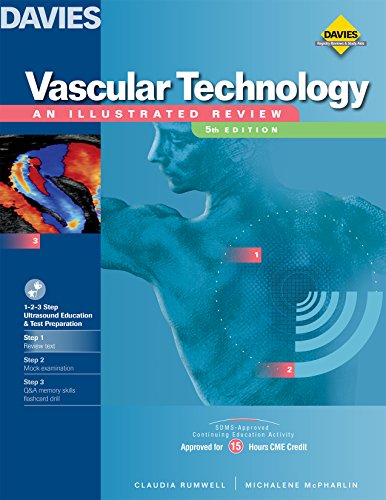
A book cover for Vascular Technology: An Illustrated Review; Claudia Rumwell; Medical Books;